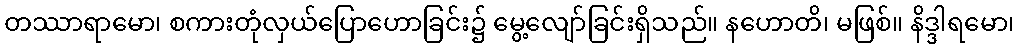
တဿာရာမော၊ စကားတုံလှယ်ပြောဟောခြင်း၌ မွေ့လျော်ခြင်းရှိသည်။ နဟောတိ၊ မဖြစ်။ နိဒ္ဒါရမော၊